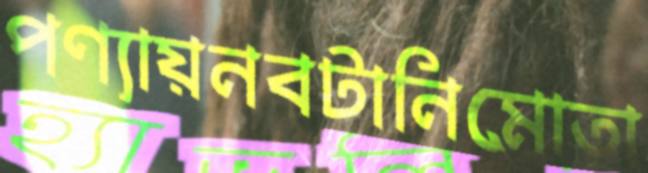
পণ্যায়নবটানিমোতা